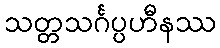
သတ္တသင်္ဂပ္ပဟီနဿ